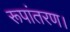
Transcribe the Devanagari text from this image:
रूपांतरण।